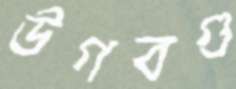
উগবগু